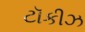
ટૉકીઝ